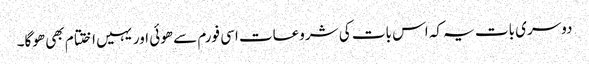
دوسری بات یہ کہ اس بات کی شروعات اسی فورم سے ھوئی اور یہیں اختتام بھی ھوگا۔